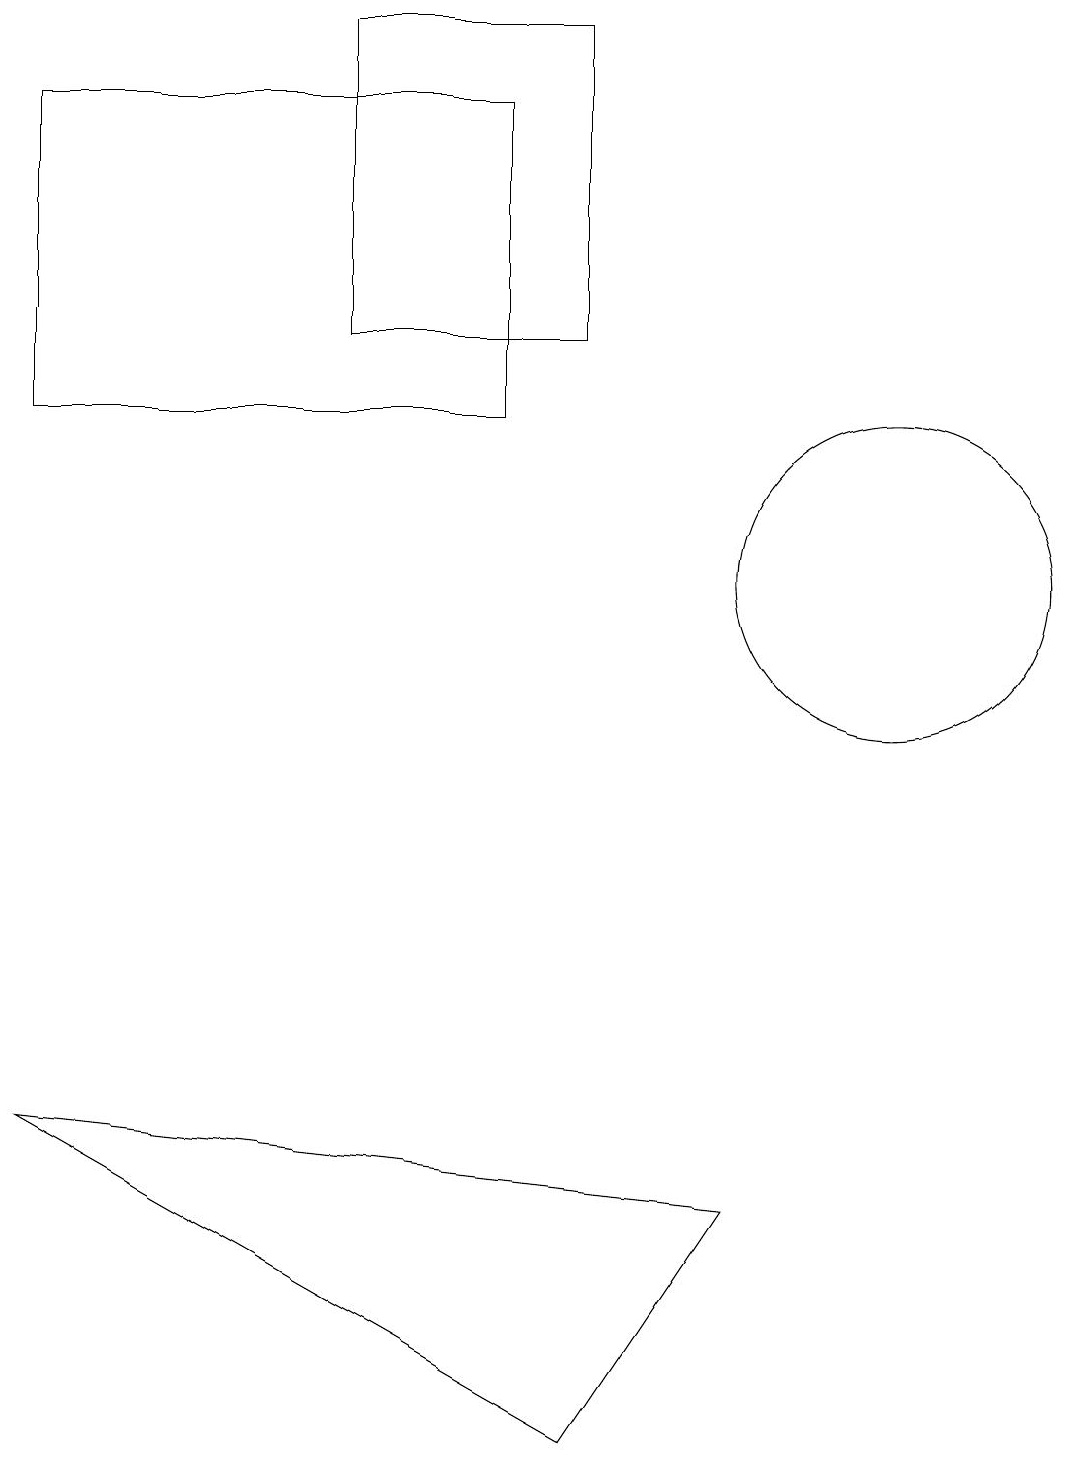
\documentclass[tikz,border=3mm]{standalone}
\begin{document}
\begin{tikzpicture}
\draw (7,1) -- (0,5) -- (9,4) -- cycle;
\draw (11,12) circle (2);
\draw (6,18) rectangle (0,14);
\draw (7,15) rectangle (4,19);
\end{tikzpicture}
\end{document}